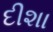
દીશા